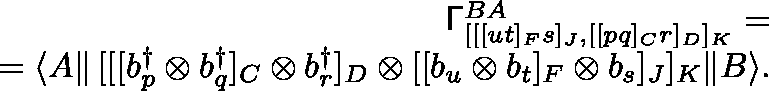
\begin{array} { r l r } & { } & { \mathsf { \Gamma } _ { [ [ [ u t ] _ { F } s ] _ { J } , [ [ p q ] _ { C } r ] _ { D } ] _ { K } } ^ { B A } = } \\ & { } & { = \langle A \| \, [ [ [ b _ { p } ^ { \dagger } \otimes b _ { q } ^ { \dagger } ] _ { C } \otimes b _ { r } ^ { \dagger } ] _ { D } \otimes [ [ b _ { u } \otimes b _ { t } ] _ { F } \otimes b _ { s } ] _ { J } ] _ { K } \| B \rangle . } \end{array}